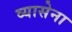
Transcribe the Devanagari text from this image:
व्यासेना